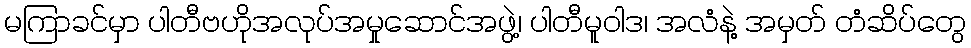
မကြာခင်မှာ ပါတီဗဟိုအလုပ်အမှုဆောင်အဖွဲ့၊ ပါတီမူဝါဒ၊ အလံနဲ့ အမှတ် တံဆိပ်တွေ